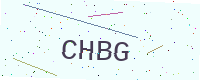
Text: CHBG